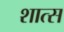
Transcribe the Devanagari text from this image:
शात्स